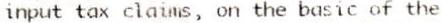
INPUT TAX CLAIMS, ON THE BASIC OF THE